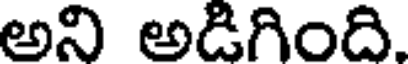
అని అడిగింది.